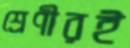
শ্রেণীরই